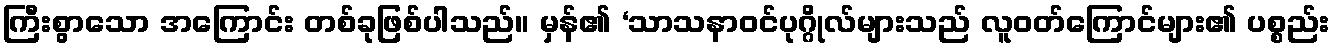
ကြီးစွာသော အကြောင်း တစ်ခုဖြစ်ပါသည်။ မှန်၏ ‘သာသနာဝင်ပုဂ္ဂိုလ်များသည် လူဝတ်ကြောင်များ၏ ပစ္စည်း